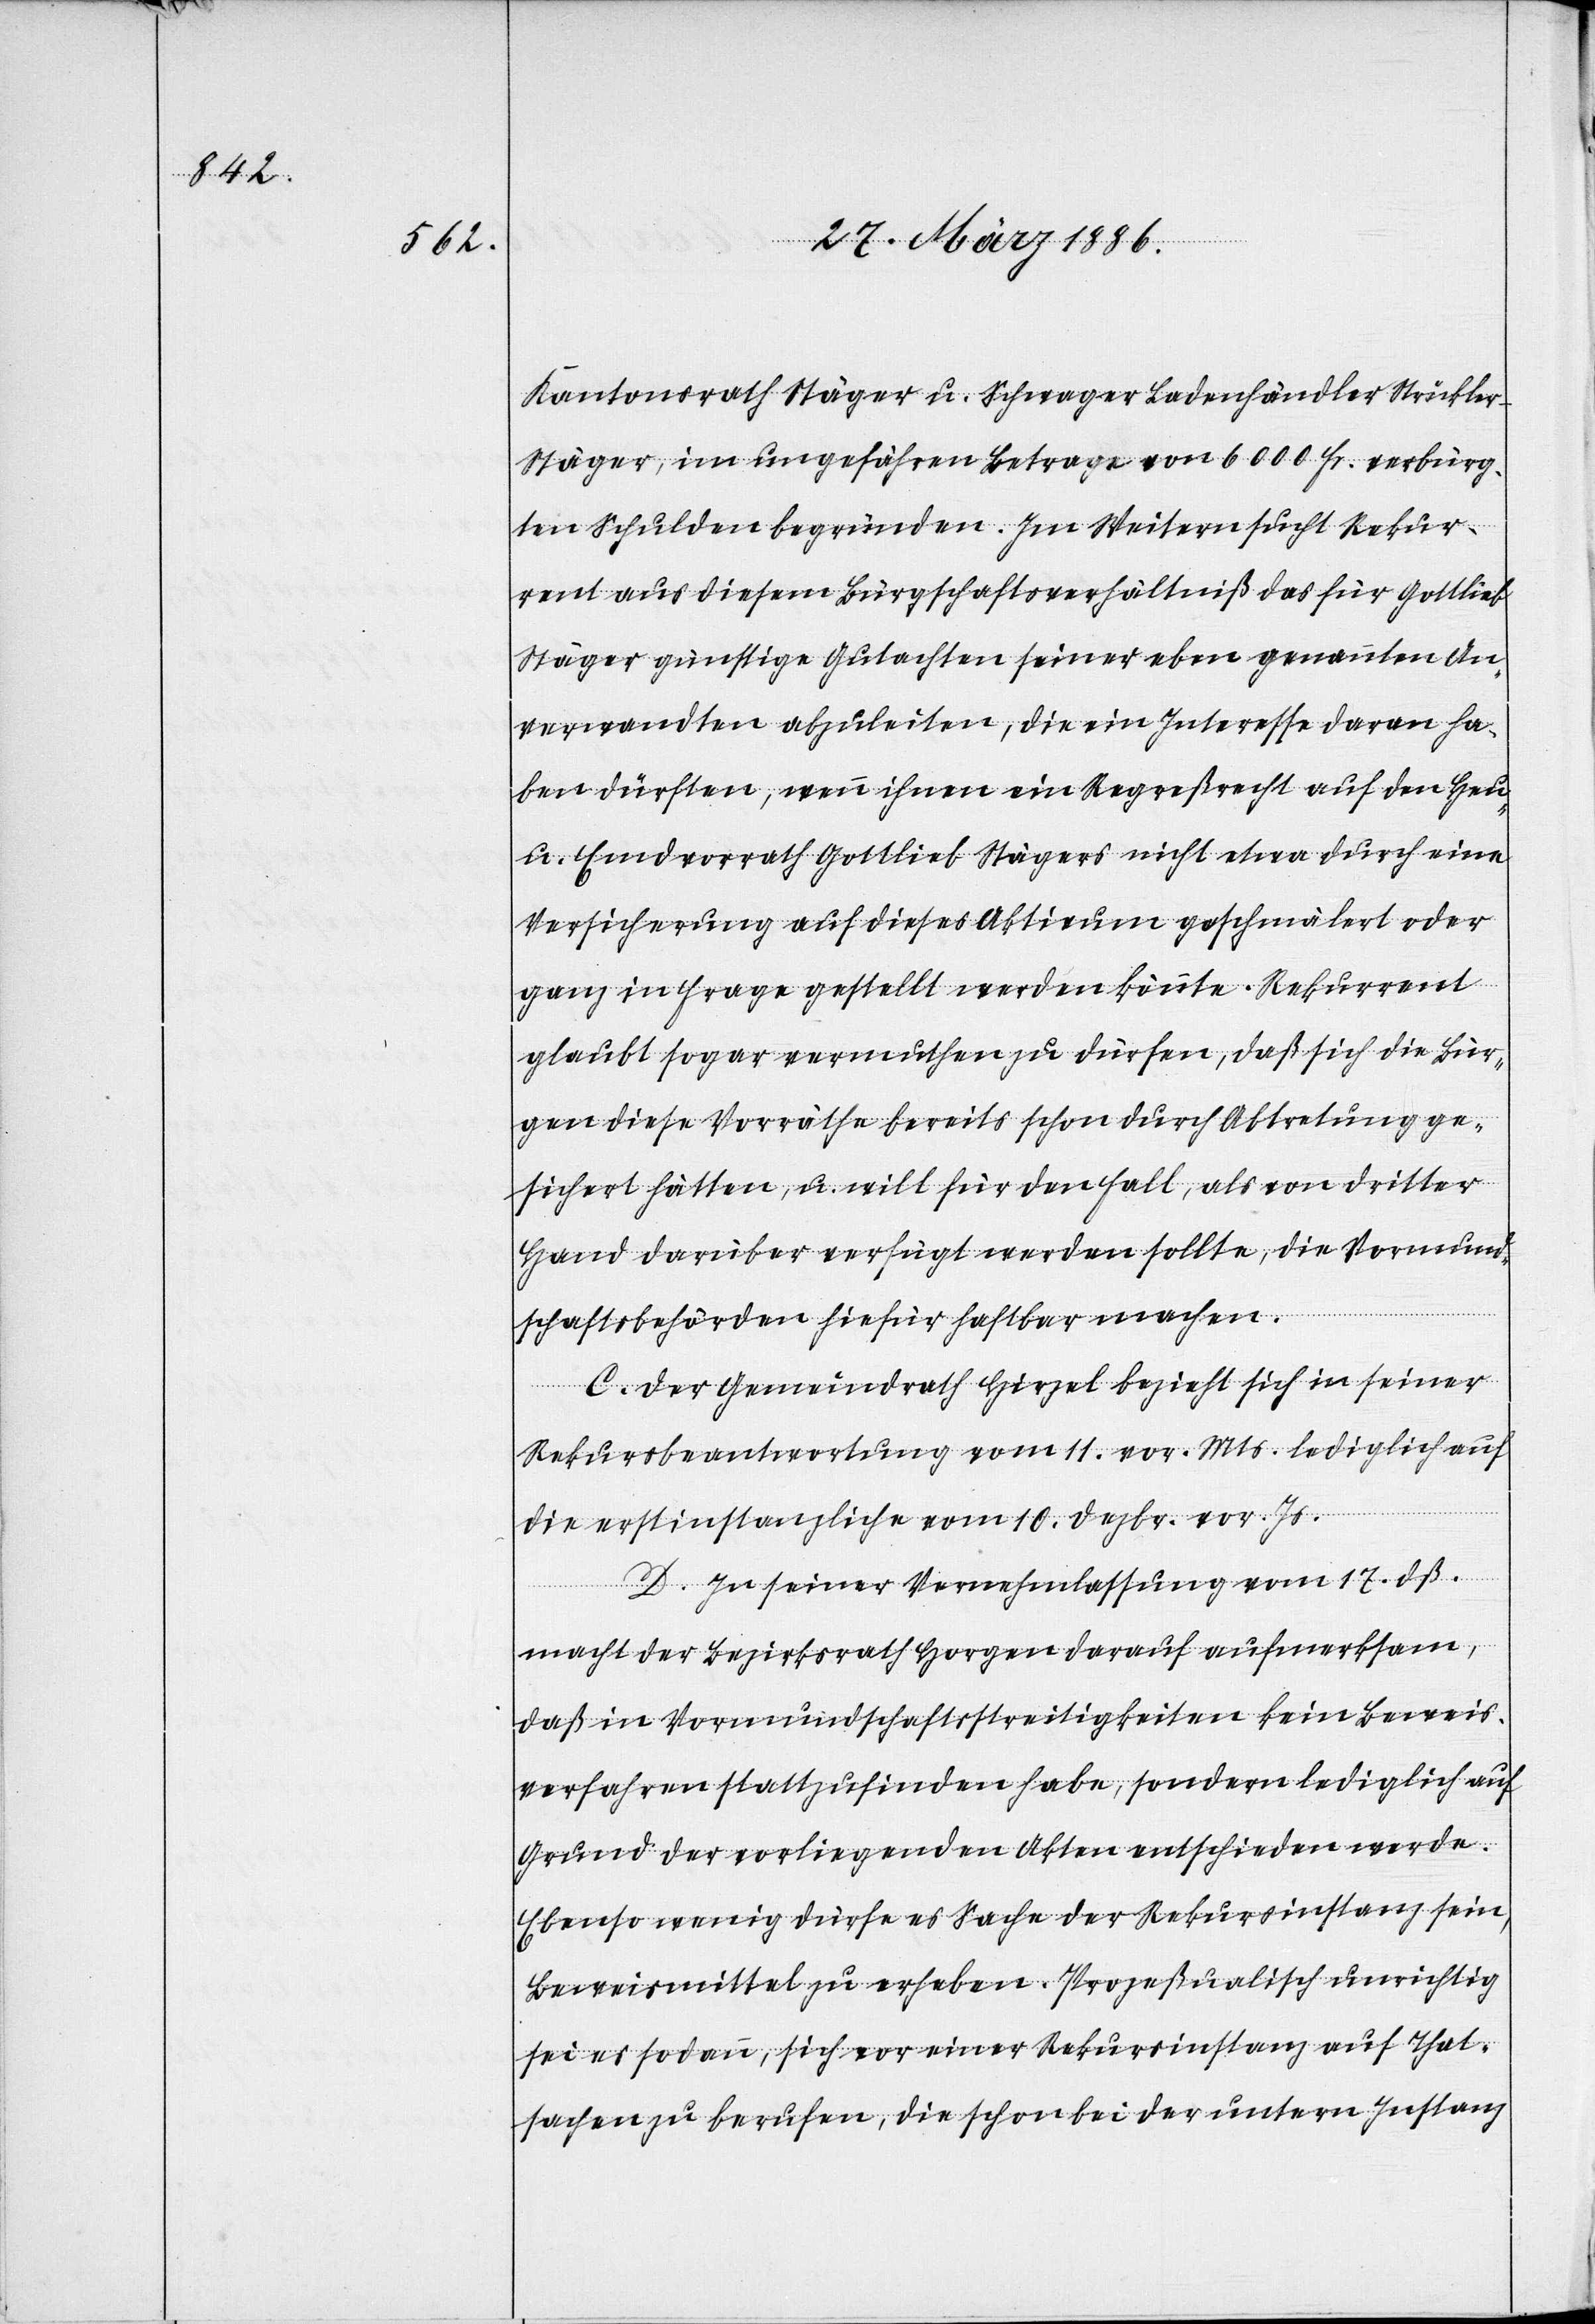
Kantonsrath Stäger u. Schwager Landenhändler Stückle¬
r-Stäger, im ungefähren Betrage von 6000 Fr. verbürg¬
ten Schulden begründen. Im Weitern sucht Rekur¬
rent aus diesem Bürgschaftsverhältniß das für Gottlieb
Stäger günstige Gutachten seiner eben genannten An¬
verwandten abzuleiten, die ein Interesse daran ha¬
ben dürften, wenn ihnen ein Regreßrecht auf den Heu-
u. Emdvorrath Gottlieb Stägers nicht etwa durch eine
Versicherung auf dieses Aktivum geschmälert oder
ganz in Frag gestellt werden könnte. Rekurrent
glaubt sogar vermuthen zu dürfen, daß sich die Bür¬
gen diese Vorräthe bereits schon durch Abtretung ge¬
sichert hätten, u. will für den Fall, als von dritter
Hand darüber verfügt werden sollte, die Vormund¬
schaftsbehörden hiefür haftbar machen.
C. Der Gemeindrath Hirzel bezieht sich in seiner
Rekursbeantwortung vom 11. vor. Mts. lediglich auf
die erstinstanzliche vom 10. Dezbr. vor. Js.
D. In seiner Vernehmlassung vom 17. dß.
macht der Bezirksrath Horgen darauf aufmerksam,
daß in Vormundschaftsstreitigkeiten kein Beweis¬
verfahren stattzufinden habe, sondern lediglich auf
Grund der vorliegenden Akten entschieden werde.
Ebenso wenig dürfe es Sache der Rekursinstanz sein,
Beweismittel zu erheben. Prozeßualisch unrichtig
sei es sodann, sich vor einer Rekursinstanz auf That¬
sachen zu berufen, die schon bei der untern Instanz